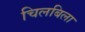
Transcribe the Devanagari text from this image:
चिलबिला